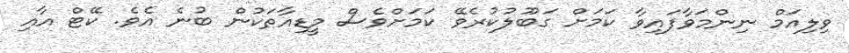
ވިލިއަމް ނިންމަވާފައިވާ ކަމަށް ގަބޫލުކުރެވޭ ކަމަށްވެސް މީޑިއާތަކުން ބުނެ އެވެ. ކޭޓް އާއި